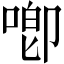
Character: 喞